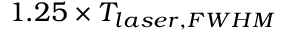
1 . 2 5 \times T _ { l a s e r , F W H M }